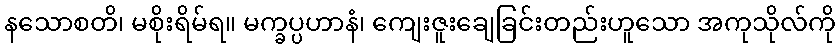
နသောစတိ၊ မစိုးရိမ်ရ။ မက္ခပ္ပဟာနံ၊ ကျေးဇူးချေခြင်းတည်းဟူသော အကုသိုလ်ကို